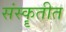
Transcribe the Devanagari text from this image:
संस्कॄतीत